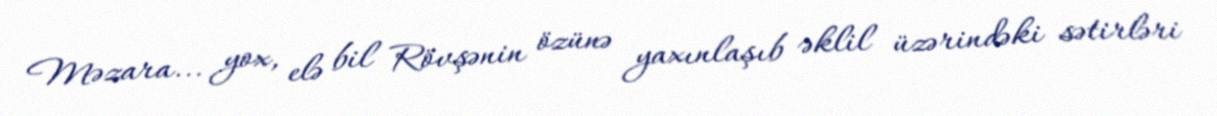
Məzara... yox, elə bil Rövşənin özünə yaxınlaşıb əklil üzərindəki sətirləri